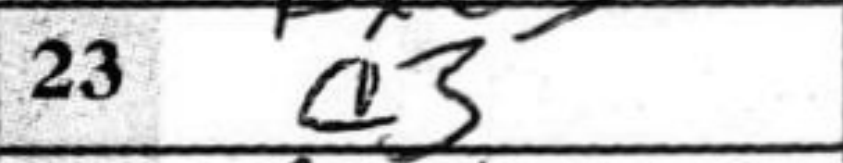
Transcription: a3